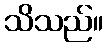
သိသည်။